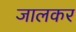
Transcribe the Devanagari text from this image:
जालकर